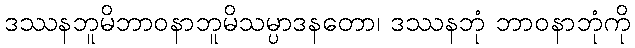
ဒဿနဘူမိဘာဝနာဘူမိသမ္ပာဒနတော၊ ဒဿနဘုံ ဘာဝနာဘုံကို